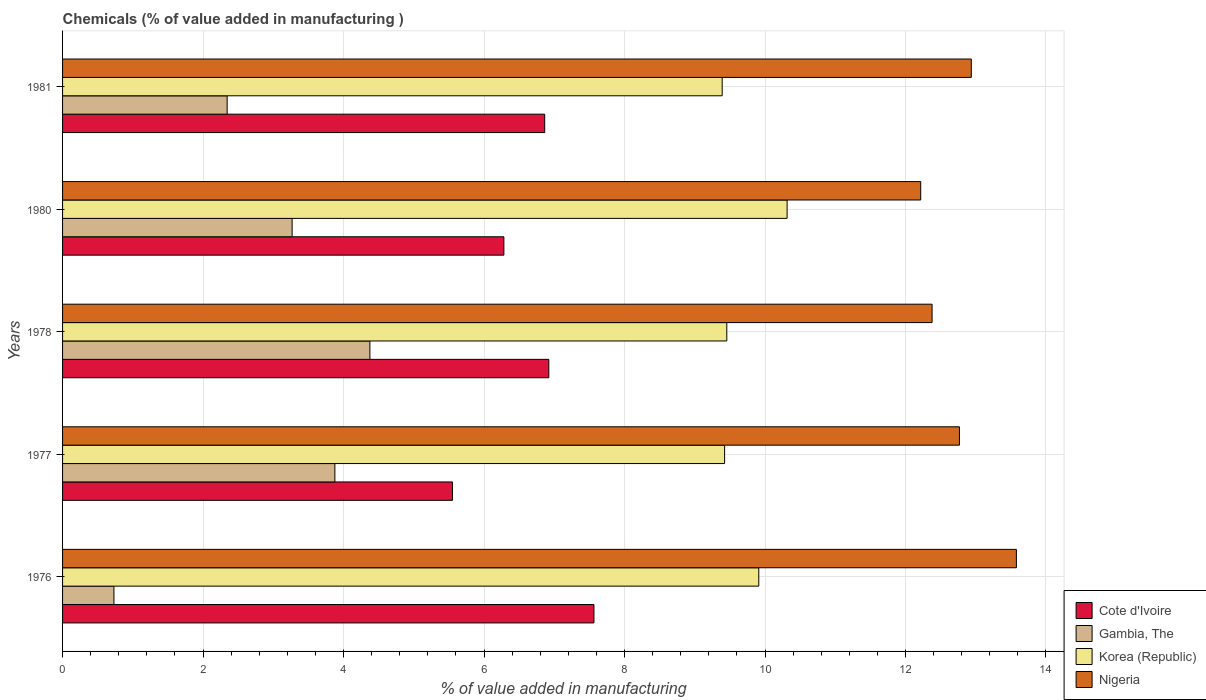
| Years | Cote d'Ivoire | Gambia, The | Korea (Republic) | Nigeria |
 | --- | --- | --- | --- | --- |
 | 1976 | 7.56 | 0.731 | 9.91 | 13.6 |
 | 1977 | 5.55 | 3.88 | 9.42 | 12.8 |
 | 1978 | 6.92 | 4.38 | 9.46 | 12.4 |
 | 1980 | 6.28 | 3.27 | 10.3 | 12.2 |
 | 1981 | 6.86 | 2.34 | 9.39 | 12.9 |